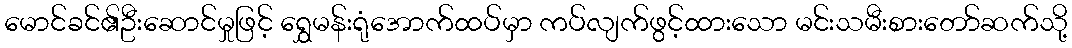
မောင်ခင်၏ဦးဆောင်မှုဖြင့် ရွှေမန်းရုံအောက်ထပ်မှာ ကပ်လျက်ဖွင့်ထားသော မင်းသမီးစားတော်ဆက်သို့